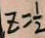
Z = \frac { 1 } { 2 }